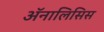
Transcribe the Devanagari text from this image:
अॅनालिसिस